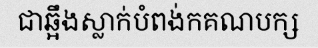
ជាឆ្អឹងស្លាក់បំពង់កគណបក្ស